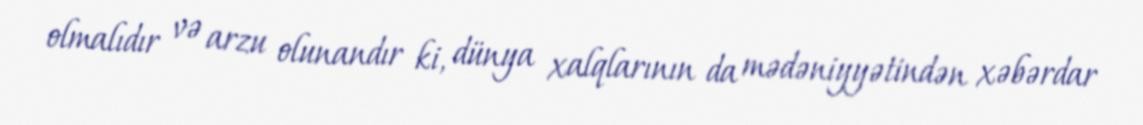
olmalıdır və arzu olunandır ki, dünya xalqlarının da mədəniyyətindən xəbərdar